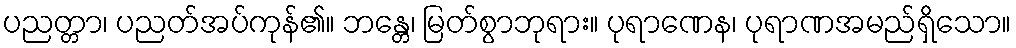
ပညတ္တာ၊ ပညတ်အပ်ကုန်၏။ ဘန္တေ၊ မြတ်စွာဘုရား။ ပုရာဏေန၊ ပုရာဏအမည်ရှိသော။